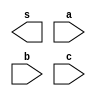
// ------------------------- 
//	Exerccio 05 - OR
// Nome: Jorge Luis dos Santos Leal 
// ------------------------- 
// -- or com 3 entradas 
// ------------------------- 
module or01 ( output s, input a, input b, input c); 
 
endmodule //  
// --------------------- 
// -- test or01 
// --------------------- 
module testor01; 
// ------------------------- dados locais 

reg a,b,c; // definir registradores 
wire s; // definir conexao (fio)
 
// ------------------------- instancia 
not NOT01(s1,a);
not NOT02(s2,b);
not NOT03(s3,c);
and AND01(s,s1,s2,s3);

initial begin:start
a=0; b=0; c=0; 
end

initial begin:main

$display("Exerccio 05 - Jorge Luis dos Santos Leal - 417466"); 
$display("Porta or com 3 entradas"); 
$display("\na & b & c = s\n"); 
$monitor("%b & %b & %b = %b", a, b, c, s);

#1 a=0 ; b=0 ; c=1;
#1 a=0 ; b=1 ; c=0;
#1 a=0 ; b=1 ; c=1;
#1 a=1 ; b=0 ; c=0;
#1 a=1 ; b=0 ; c=1;
#1 a=1 ; b=1 ; c=0;
#1 a=1 ; b=1 ; c=1;


end 
endmodule // testor01